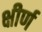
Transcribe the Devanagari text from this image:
क्षीर्ण